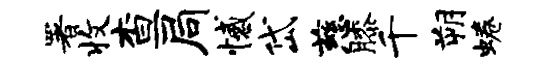
署收查局憾岱慈膝千朔蜷